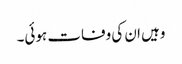
وہیں ان کی وفات ہوئی۔